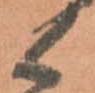
候